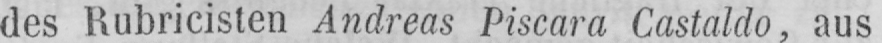
des Rubricisten Andreas Piscara Castaldo, aus